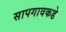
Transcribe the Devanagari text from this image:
सापगावकडे